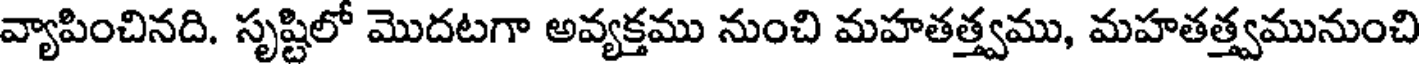
వ్యాపించినది. సృష్టిలో మొదటగా అవ్యక్తము నుంచి మహతత్త్వము, మహతత్త్వమునుంచి